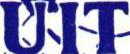
UIT